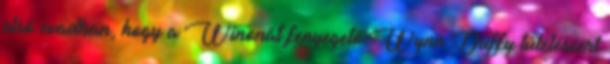
első évadban, hogy a Winonát fenyegető Wynn Duffy túléléséért